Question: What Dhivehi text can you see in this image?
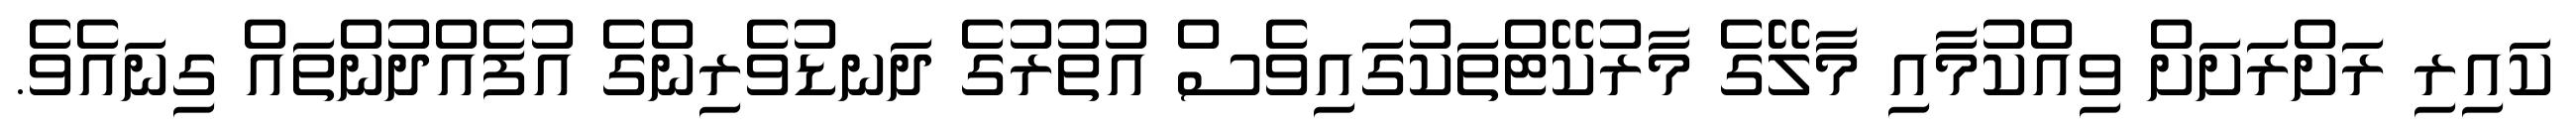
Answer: ކައިރި ރަށްރަށަށް ވިއްކުމާއި މާލޭގެ މާރުކޭޓްތަކުގައިވެސް އުތުރުގެ ދަނޑުވެރިންގެ އުފެއްދުންތައް ގިނައެވެ.